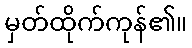
မှတ်ထိုက်ကုန်၏။